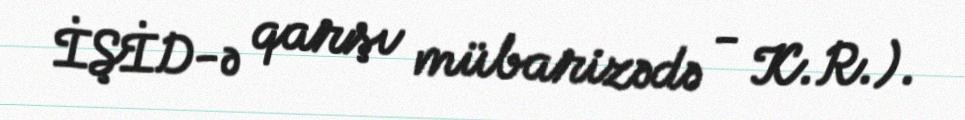
İŞİD-ə qarşı mübarizədə - K.R.).